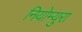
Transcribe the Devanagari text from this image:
नियोम्युरा